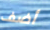
أضف